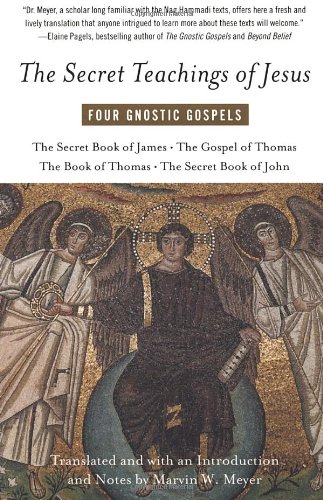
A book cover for The Secret Teachings of Jesus: Four Gnostic Gospels; Christian Books & Bibles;